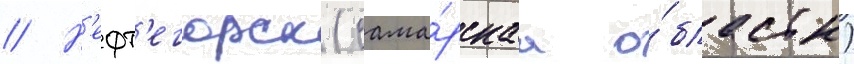
// Н'ефт'егорск (сама́рскаа о́бласть)